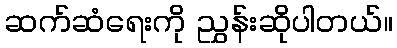
ဆက်ဆံရေးကို ညွှန်းဆိုပါတယ်။